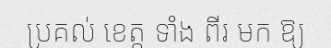
ប្រគល់ ខេត្ត ទាំង ពីរ មក ឱ្យ